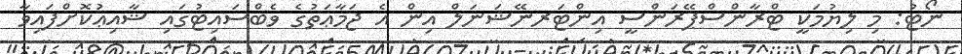
ނޯޓު: މި ލިޔުމަކީ ޓްރާންސްޕޭރަންސީ އިންޓަރނޭޝަނަލް އިން އެ ޖަމާޢަތުގެ ވެބްސައިޓުގައި ޝާއިޢުކޮށްފައިވާ